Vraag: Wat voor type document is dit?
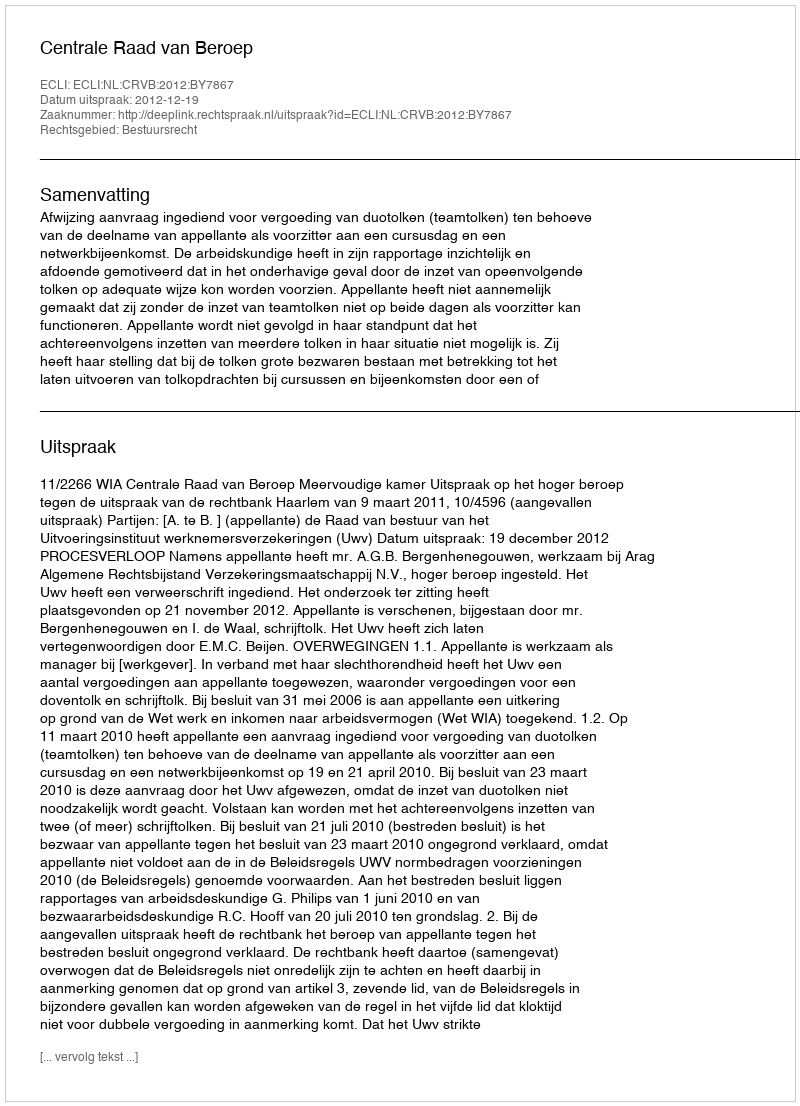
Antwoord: Uitspraak